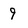
Character: 9